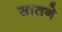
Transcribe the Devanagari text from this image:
सातने